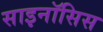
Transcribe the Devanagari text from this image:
साइनॉसिस